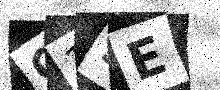
Text: C19E